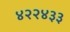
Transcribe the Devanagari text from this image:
४२२४३३